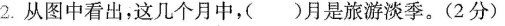
2.从图中看出，这几个月中，()月是旅游淡季。(2分)